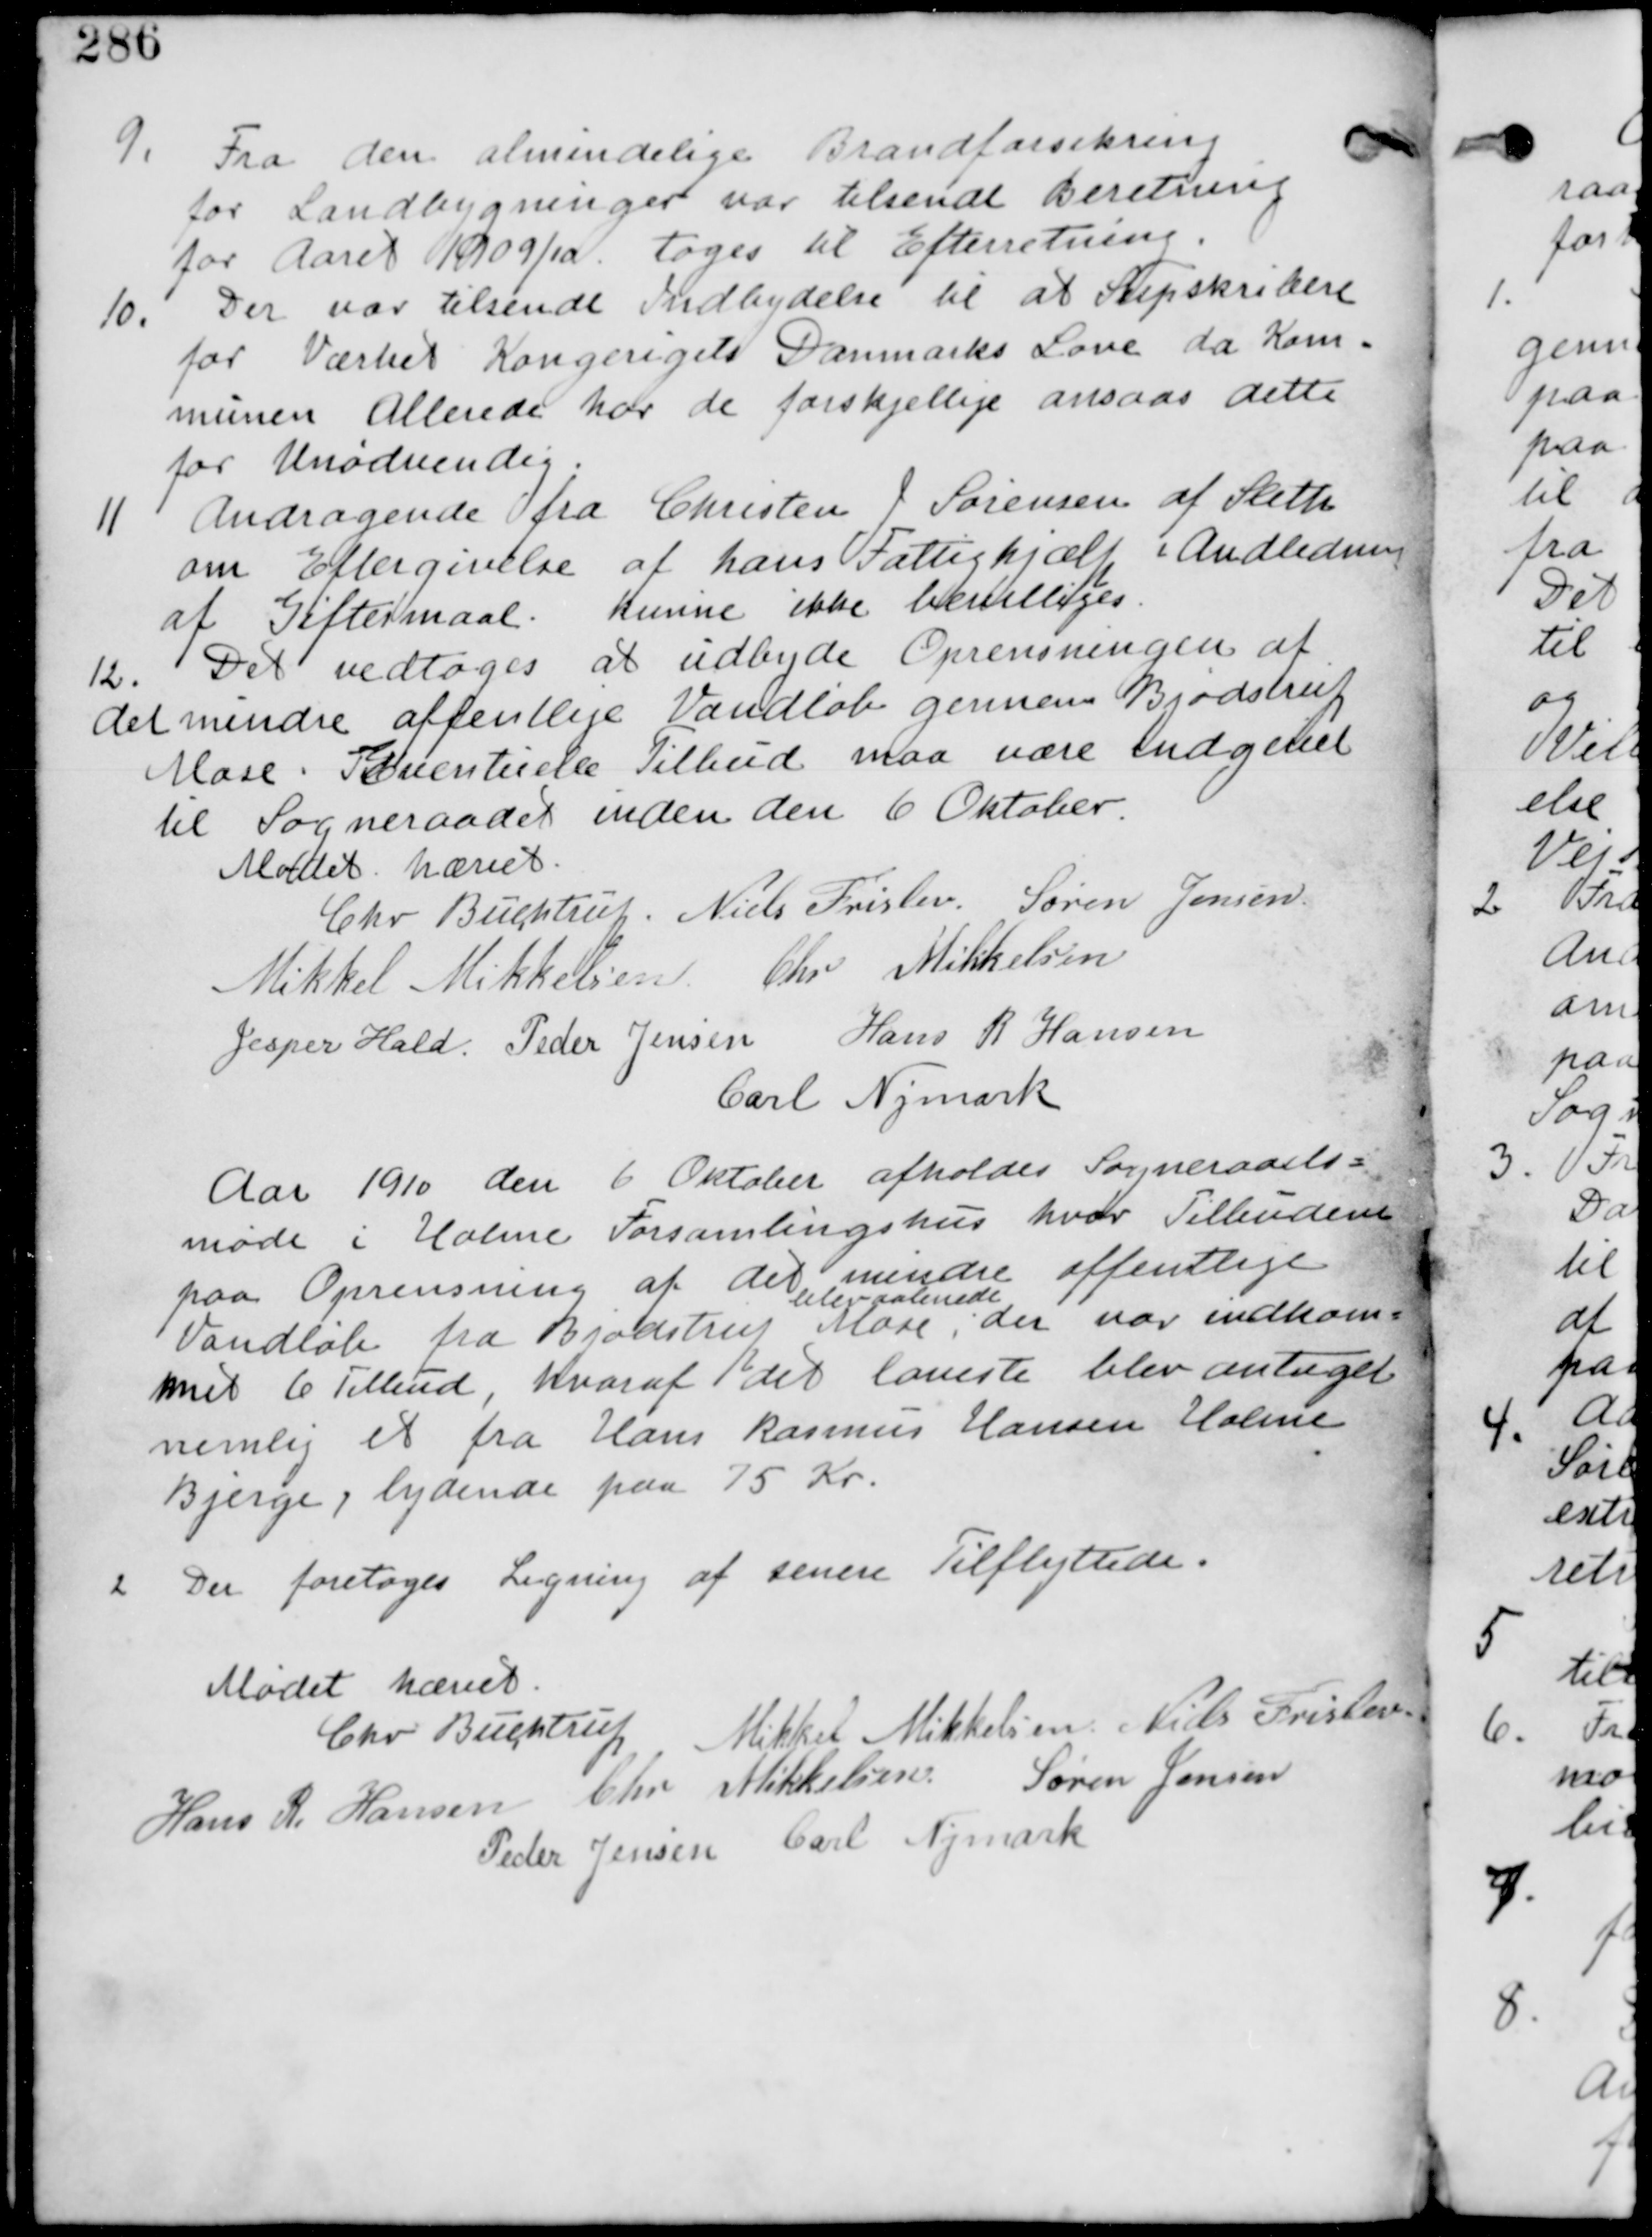
Transskription:
9. Fra den almindelige Brandforsikring
for Landbygninger var tilsendt Beretning
for Aaret 1909/10 tages til Efterretning.

10. Der var tilsendt Indbydelser til at Supskribere
for Værket Kongerigets Danmarks Love da Kom-
munen Allerede har de forskjellige ansaas dette
for Unødvendigt

11 Andragende fra Christen J Sørensen af Sleth
om Eftergivelse af hans Fattighjælp i Anledning
af Giftermaal. kunne ikke bevilliges.

12. Det vedtages at udbyde Oprensningen af
det mindre offentlige Vandløb gennem Bjødstrup
Mose. Eventuelle Tilbud maa være indgivet
til Sogneraadet inden den 6. Oktober

Mødet hævet
Chr. Buchtrup. Niels Frislev. Søren Jensen
Mikkel Mikkelsen Chr Mikkelsen
Jesper Hald Peder Jensen Hans R Hansen
Carl Nymark

Aar 1910 den 6. Oktober afholdes Sogneraads-
møde i Holme Forsamlingshus hvor Tilbudene
paa Oprensning af det mindre offentlige
Vandløb fra Bjødstup Mose blev
blev aabnede,
der var indkom-
met 6 Tilbud, hvoraf det laveste blev antaget
nemlig et fra Hans Rasmus Hansen Holme
Bjerge, lydende paa 75 Kr

2
Der foretages Ligning af senere Tilflyttede.

Mødet hævet
Chr Buchtrup Mikkel Mikkelsen Niels Frislev
Hans R Hansen Chr Mikkelsen Søren Jensen
Peder Jensen Carl Nymark